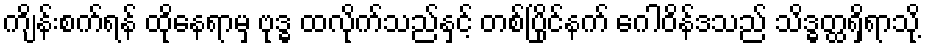
ကျိန်းစက်ရန် ထိုနေရာမှ ဗုဒ္ဓ ထလိုက်သည်နှင့် တစ်ပြိုင်နက် ဂေါဝိန်ဒသည် သိဒ္ဓတ္ထရှိရာသို့